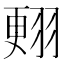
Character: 𦑃